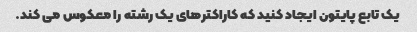
یک تابع پایتون ایجاد کنید که کاراکترهای یک رشته را معکوس می کند.